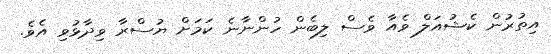
އިތުރުން ކެޝުއަލް ވެއާ ވެސް ލިބެން ހުންނާނެ ކަމަށް ޔުސްރާ ވިދާޅުވި އެވެ.